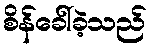
စိန်ခေါ်ခဲ့သည်